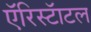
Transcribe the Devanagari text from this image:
एॅरिस्टॅाटल